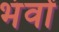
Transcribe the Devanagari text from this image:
भंवों